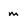
Character: m